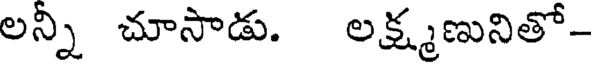
లన్ని చూసాడు. లక్ష్మణునితో-